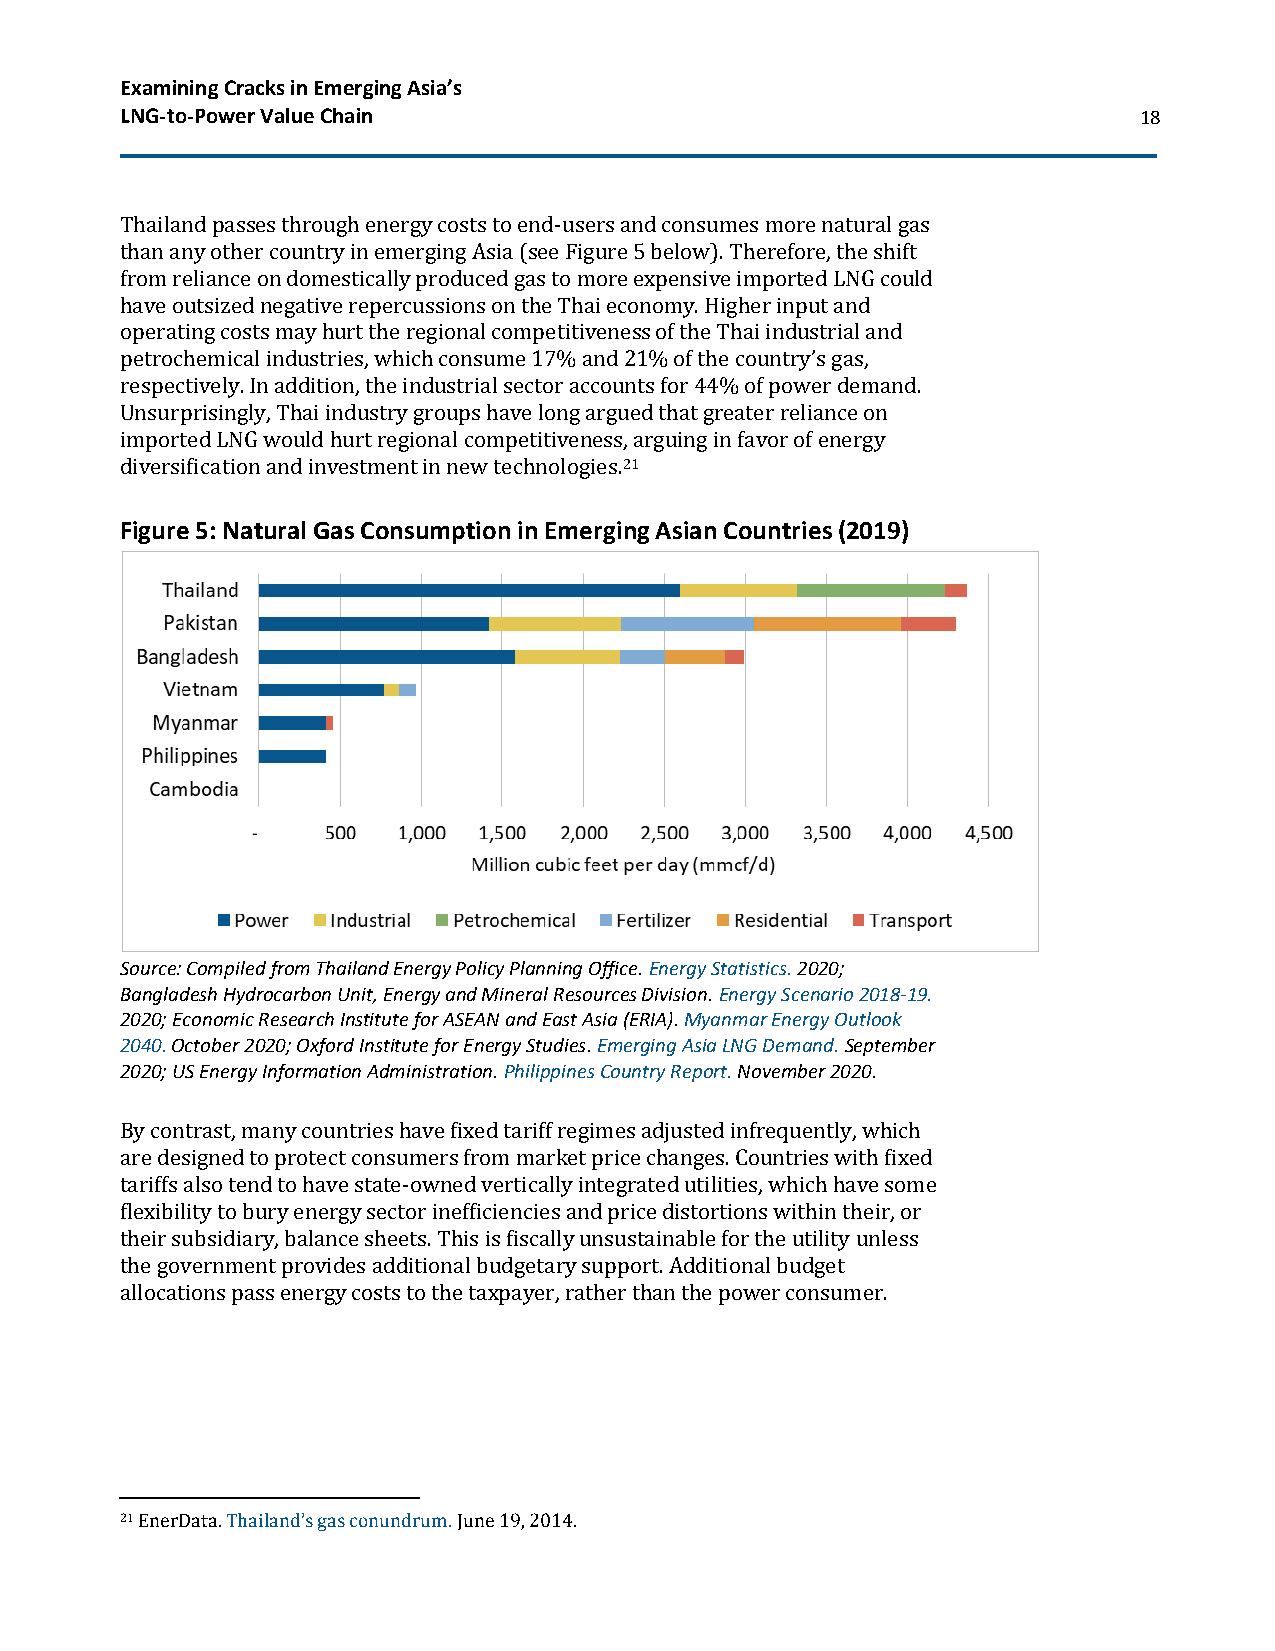
Examining Cracks in Emerging Asia’s
 LNG-to-Power Value Chain                                           18
 Thailand passes through energy costs to end-users and consumes more natural gas
 than any other country in emerging Asia (see Figure 5 below). Therefore, the shift
 from reliance on domestically produced gas to more expensive imported LNG could
 have outsized negative repercussions on the Thai economy. Higher input and
 operating costs may hurt the regional competitiveness of the Thai industrial and
 petrochemical industries, which consume 17% and 21% of the country’s gas,
 respectively. In addition, the industrial sector accounts for 44% of power demand.
 Unsurprisingly, Thai industry groups have long argued that greater reliance on
 imported LNG would hurt regional competitiveness, arguing in favor of energy
 diversification and investment in new technologies.21
 Figure 5: Natural Gas Consumption in Emerging Asian Countries (2019)
 Source: Compiled from Thailand Energy Policy Planning Office. Energy Statistics. 2020;
 Bangladesh Hydrocarbon Unit, Energy and Mineral Resources Division. Energy Scenario 2018-19.
 2020; Economic Research Institute for ASEAN and East Asia (ERIA). Myanmar Energy Outlook
 2040. October 2020; Oxford Institute for Energy Studies. Emerging Asia LNG Demand. September
 2020; US Energy Information Administration. Philippines Country Report. November 2020.
 By contrast, many countries have fixed tariff regimes adjusted infrequently, which
 are designed to protect consumers from market price changes. Countries with fixed
 tariffs also tend to have state-owned vertically integrated utilities, which have some
 flexibility to bury energy sector inefficiencies and price distortions within their, or
 their subsidiary, balance sheets. This is fiscally unsustainable for the utility unless
 the government provides additional budgetary support. Additional budget
 allocations pass energy costs to the taxpayer, rather than the power consumer.
 21 EnerData. Thailand’s gas conundrum. June 19, 2014.